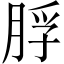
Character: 脬